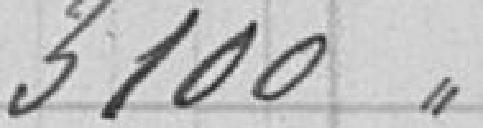
3 100